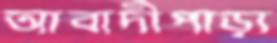
আবাদীপাড়া